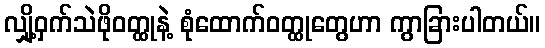
လျှို့ဝှက်သဲဖိုဝတ္ထုနဲ့ စုံထောက်ဝတ္ထုတွေဟာ ကွာခြားပါတယ်။